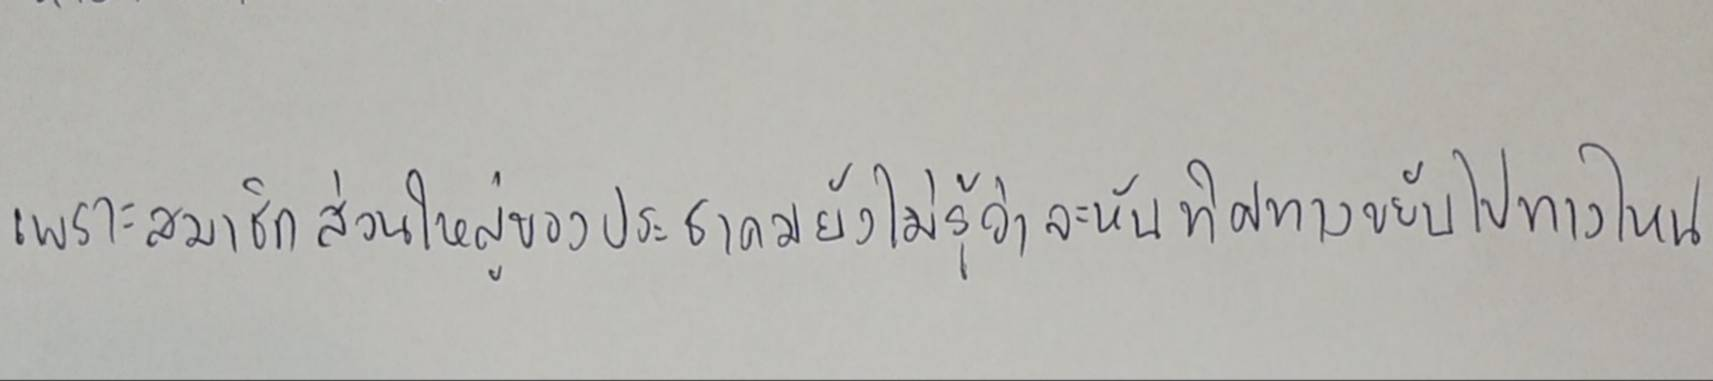
เพราะสมาชิกส่วนใหญ่ของประชาคมยังไม่รู้ว่าจะหันทิศทางขยับไปทางไหน